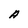
Character: A